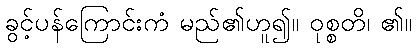
ခွင့်ပန်ကြောင်းကံ မည်၏ဟူ၍။ ဝုစ္စတိ၊ ၏။